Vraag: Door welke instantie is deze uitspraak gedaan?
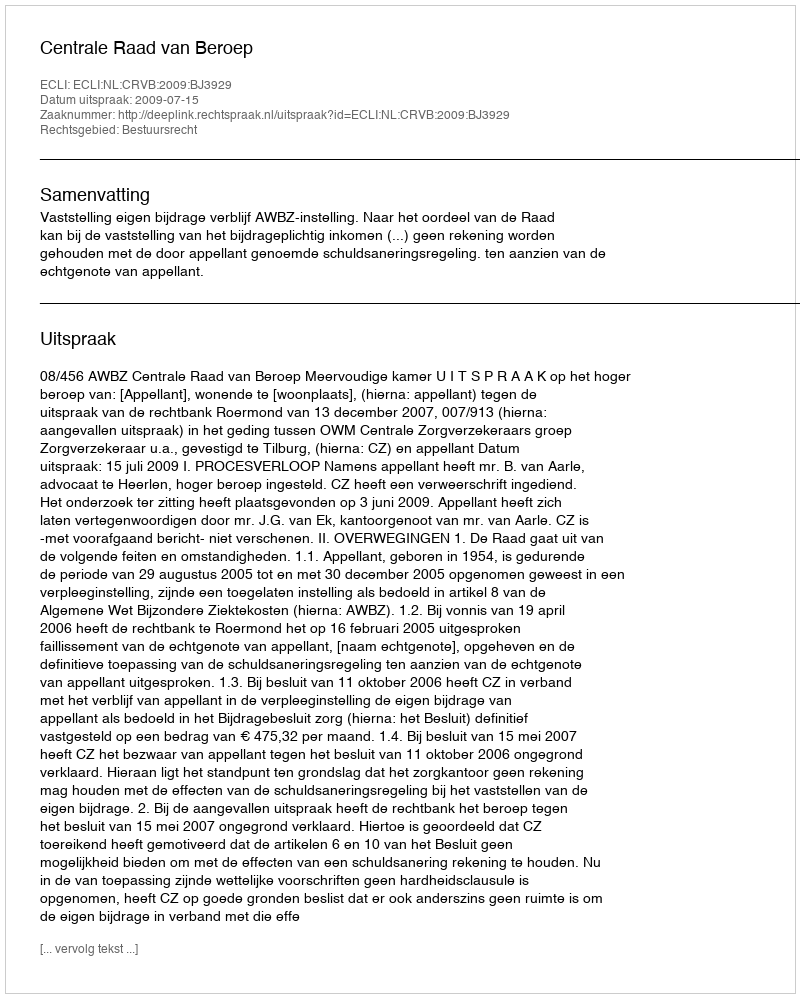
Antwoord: Centrale Raad van Beroep